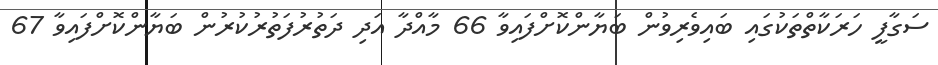
ސަގާފީ ހަރަކާތްތަކުގައި ބައިވެރިވުން ބަޔާންކޮށްފައިވާ 66 މާއްދާ އަދި ދަތުރުފަތުރުކުރުން ބަޔާންކޮށްފައިވާ 67